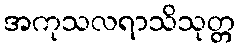
အကုသလရာသိသုတ္တ